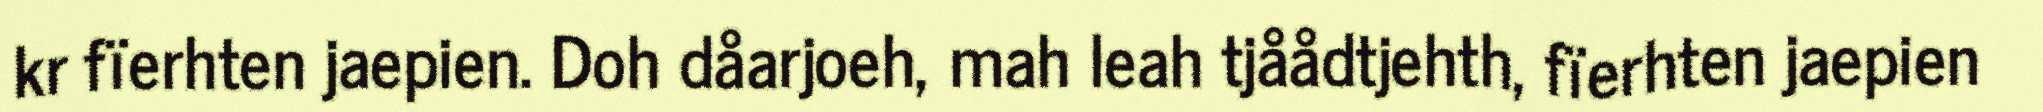
kr fïerhten jaepien. Doh dåarjoeh, mah leah tjåådtjehth, fïerhten jaepien